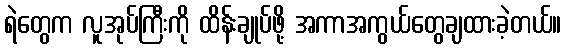
ရဲတွေက လူအုပ်ကြီးကို ထိန်းချုပ်ဖို့ အကာအကွယ်တွေချထားခဲ့တယ်။